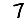
Digit: 7